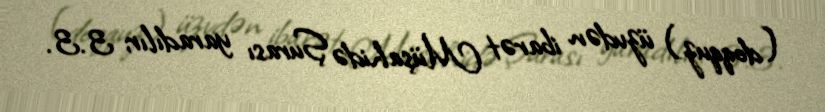
(doqquz) üzvdən ibarət Müşahidə Şurası yaradılır; 3.3.